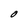
Character: O